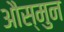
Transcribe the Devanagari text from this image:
औस्मुन